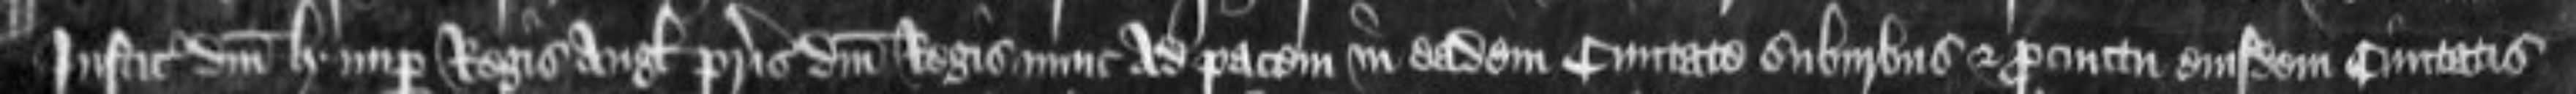
Iusticiariis domini Henrici nuper Regis Anglie patris domini Regis nunc ad pacem in eadem civitate suburbiis et precinctu eiusdem civitatis